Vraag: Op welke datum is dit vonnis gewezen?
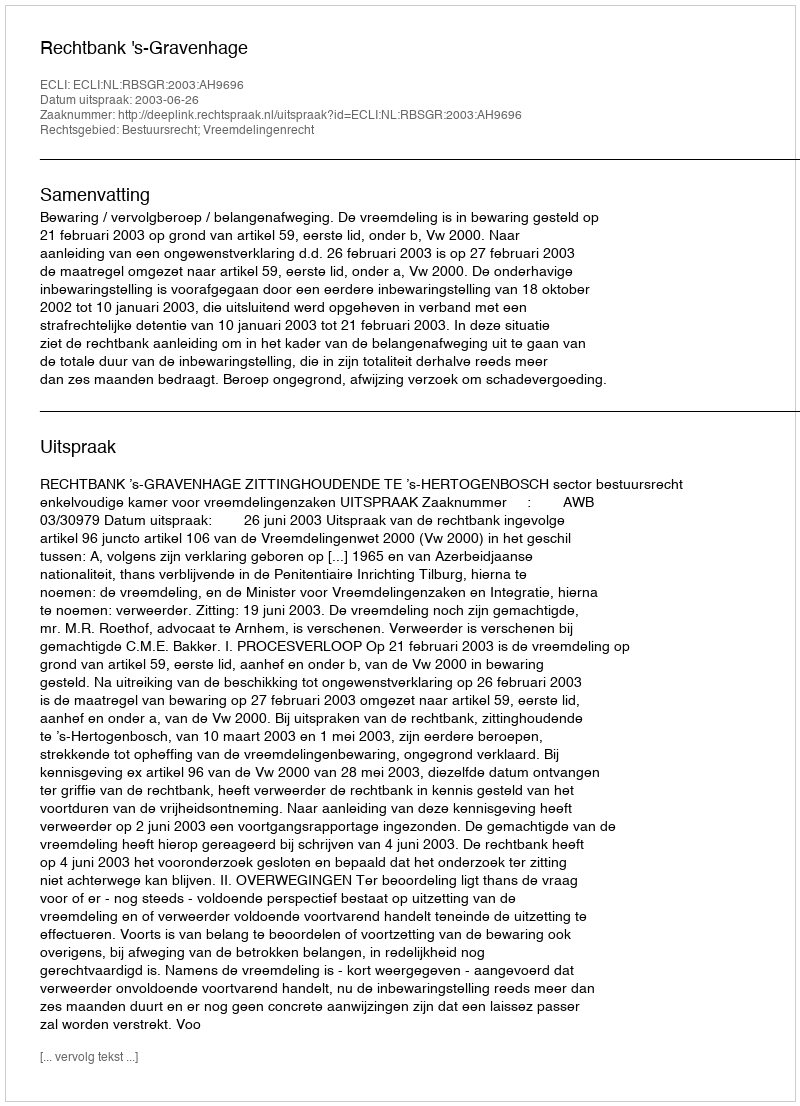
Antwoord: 2003-06-26